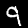
Digit: 9